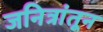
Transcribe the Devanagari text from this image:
जनित्रांतून